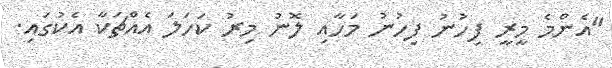
"އެންމެ މީރީ ފިހުނު ފިހުނު މަހާއި ލޮނު މިރު ކަހަލަ އެއްޗަކާ އެކުގައި.